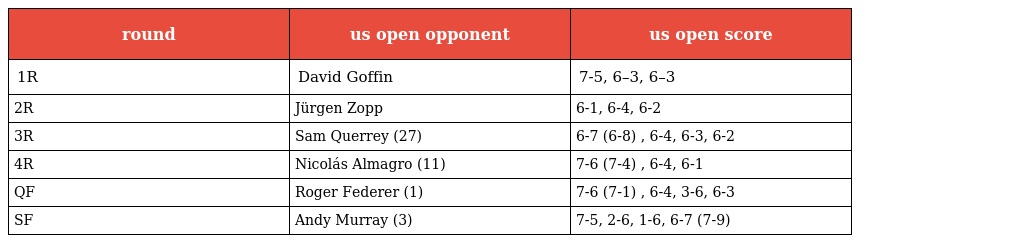
| round | us open opponent | us open score |
 | --- | --- | --- |
 | 1R | David Goffin | 7-5, 6–3, 6–3 |
 | 2R | Jürgen Zopp | 6-1, 6-4, 6-2 |
 | 3R | Sam Querrey (27) | 6-7 (6-8) , 6-4, 6-3, 6-2 |
 | 4R | Nicolás Almagro (11) | 7-6 (7-4) , 6-4, 6-1 |
 | QF | Roger Federer (1) | 7-6 (7-1) , 6-4, 3-6, 6-3 |
 | SF | Andy Murray (3) | 7-5, 2-6, 1-6, 6-7 (7-9) |